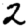
Digit: 2